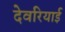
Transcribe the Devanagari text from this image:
देवरियाई